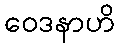
ဝေဒနာဟိ